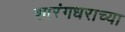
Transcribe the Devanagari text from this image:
शारंगधराच्या